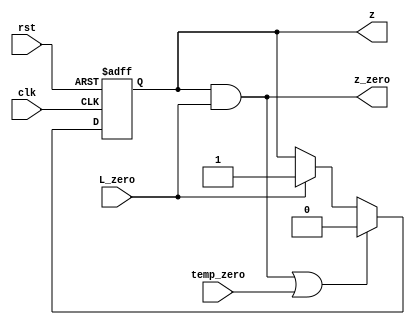
module z_counter_Layer_3 (z,z_zero,clk,rst,L_zero,temp_zero);
output reg  z;
output wire z_zero;
input clk,rst,L_zero,temp_zero;
always @ (posedge clk or negedge rst)
	begin
		if (!rst )
			begin z<=0;  end
		//else if (temp_count && !temp_zero);
		else if((z&& L_zero)||temp_zero)
					z<=0;
		else if(L_zero)
			begin z<=1'b1;  end
	end
assign z_zero=z&& L_zero;

endmodule